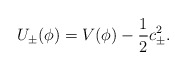
\begin{align*}U_\pm(\phi) = V(\phi) - \frac{1}{2} c_\pm^2.\end{align*}